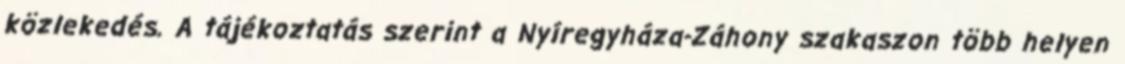
közlekedés. A tájékoztatás szerint a Nyíregyháza-Záhony szakaszon több helyen